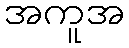
အကူအ